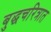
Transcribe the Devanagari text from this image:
बुद्धचरित्रात